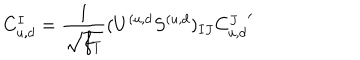
C _ { u , d } ^ { I } = { \frac { 1 } { \sqrt { f _ { T } } } } ( U ^ { ( u , d } S ^ { ( u , d } ) _ { I J } { C _ { u , d } ^ { J } } ^ { \prime }